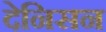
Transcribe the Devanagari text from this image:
देनिसन